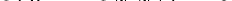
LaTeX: \smash{\varepsilon_{1,0}^{\mathrm{~C~X~}}=\varepsilon_{N,N+1}^{\mathrm{~C~X~}}=0}